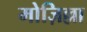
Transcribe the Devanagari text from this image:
मोज़िल्ला